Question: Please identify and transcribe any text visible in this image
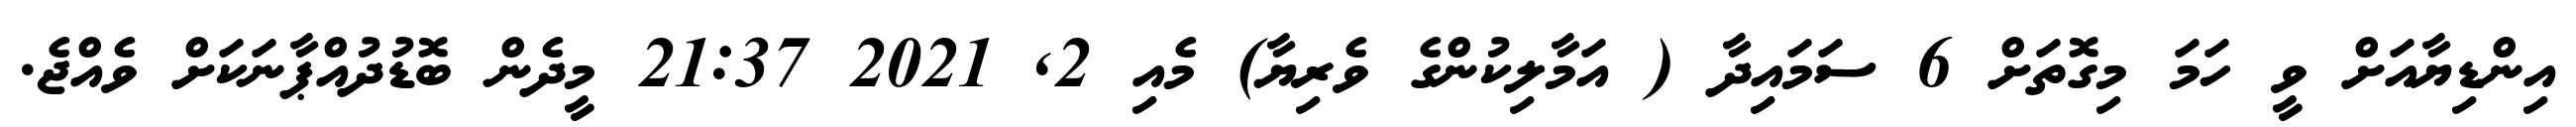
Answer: އިންޑިޔާއަށް ވީ ހަމަ މިގޮތަށް 6 ސަމައިދާ ( އަމާލިކުންގެ ވެރިޔާ) މެއި 2, 2021 21:37 މީދެން ބޮޑުދުއްޕާނަކަށް ވެއްޖެ.